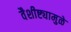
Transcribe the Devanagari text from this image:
वैशीष्ट्यामुळे